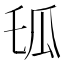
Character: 𤫪